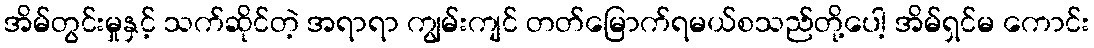
အိမ်တွင်းမှုနှင့် သက်ဆိုင်တဲ့ အရာရာ ကျွမ်းကျင် တတ်မြောက်ရမယ်စသည်တို့ပေါ့ အိမ်ရှင်မ ကောင်း